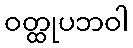
ဝတ္ထုပဘဝါ